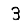
Digit: 3